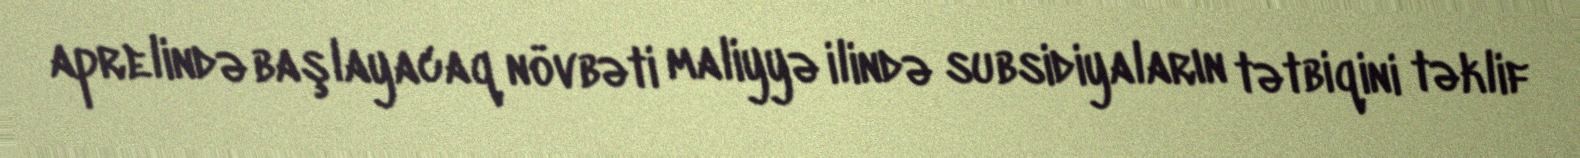
aprelində başlayacaq növbəti maliyyə ilində subsidiyaların tətbiqini təklif